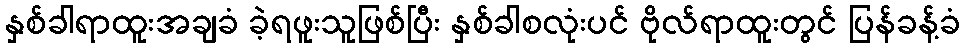
နှစ်ခါရာထူးအချခံ ခဲ့ရဖူးသူဖြစ်ပြီး နှစ်ခါစလုံးပင် ဗိုလ်ရာထူးတွင် ပြန်ခန့်ခံ